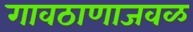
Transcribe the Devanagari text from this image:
गावठाणाजवळ